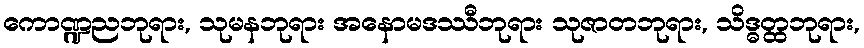
ကောဏ္ဍညဘုရား, သုမနဘုရား အနောမဒဿီဘုရား သုဇာတဘုရား, သိဒ္ဓတ္ထဘုရား,